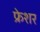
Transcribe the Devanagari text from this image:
फ्रेशर